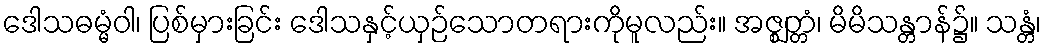
ဒေါသဓမ္မံဝါ၊ ပြစ်မှားခြင်း ဒေါသနှင့်ယှဉ်သောတရားကိုမူလည်း။ အဇ္ဈတ္တံ၊ မိမိသန္တာန်၌။ သန္တံ၊